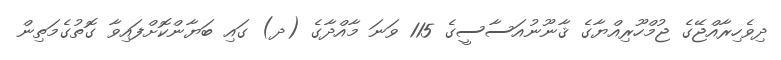
ދިވެހިރާއްޖޭގެ ޖުމްހޫރިއްޔާގެ ޤާނޫނުއަސާސީގެ 115 ވަނަ މާއްދާގެ (ދ) ގައި ބަޔާންކޮށްފައިވާ ގޮތުގެމަތިން